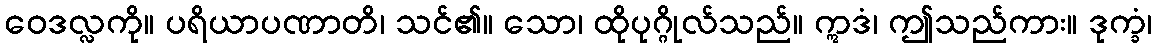
ဝေဒလ္လကို။ ပရိယာပဏာတိ၊ သင်၏။ သော၊ ထိုပုဂ္ဂိုလ်သည်။ ဣဒံ၊ ဤသည်ကား။ ဒုက္ခံ၊